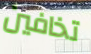
تخافين